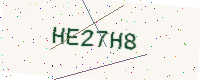
Text: HE27H8